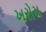
ખરોચ